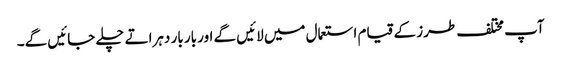
آپ مختلف طرز کے قیام استعمال میں لائیں گے اور بار بار دہراتے چلے جائیں گے۔